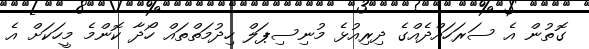
ގޮތުން އެ ސަރަހައްދެއްގެ ދިރިއުޅެ މުނިސިޕަލް ހިދުމަތްތައް ހޯދާ ކޮންމެ މީހަކަށް އެ